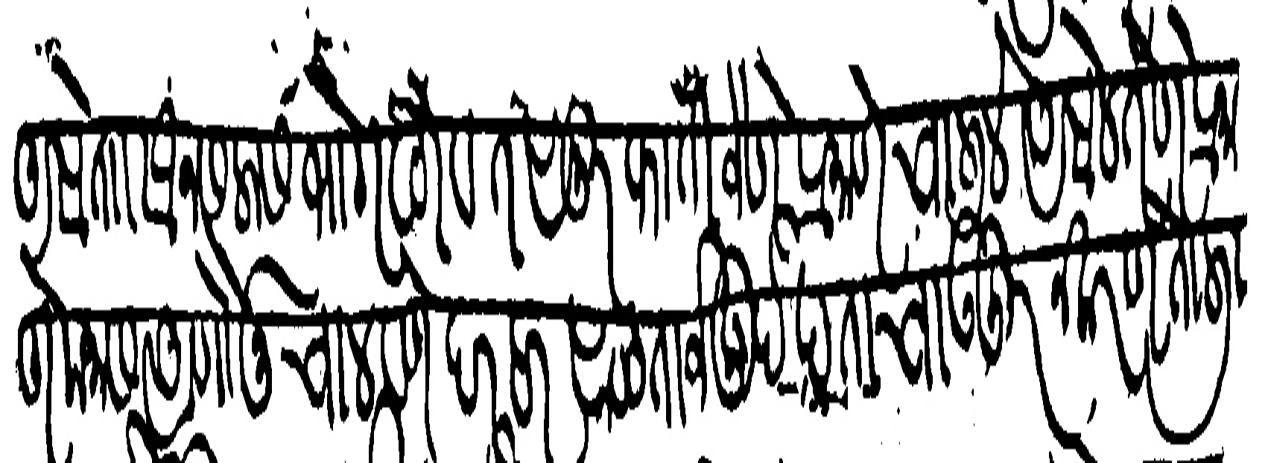
Transliteration (Devanagari): असें ताा सन सलास भोगवटा व तसरुफाती जेणेप्रमाणे चालिले असेल तेणेप्रमाणे मनास आणोनु चालवणे दर हर साळ ताजे खुर्देखताचा उजूर न करणे तालीकलेहुनु